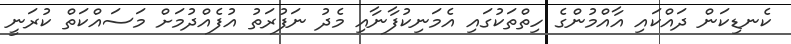
ކެނޑިކަން ދައްކައި އާއްމުންގެ ހިތްތަކުގައި އެމަނިކުފާނާއި މެދު ނަފުރަތު އުފެއްދުމަށް މަސައްކަތް ކުރަނީ